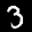
Label: 3